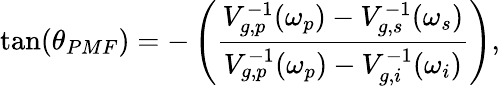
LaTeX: \tan(\theta_{PMF})=-\left(\frac{V_{g,p}^{-1}(\omega_{p})-V_{g,s}^{-1}(\omega_{s})}{V_{g,p}^{-1}(\omega_{p})-V_{g,i}^{-1}(\omega_{i})}\right),